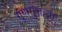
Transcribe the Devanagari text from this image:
गुणमुक्तता